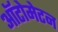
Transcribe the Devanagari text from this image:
ऑटोमेटन